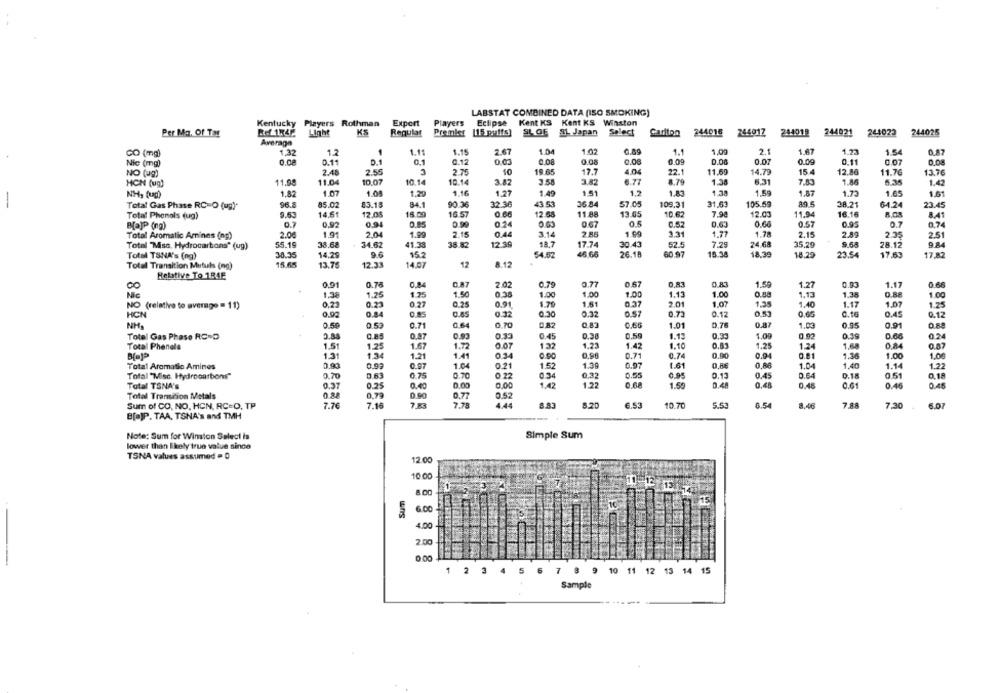
LABSTAT COMBINED DATA (ISO SMOKING)
Kentucky
Players Rothman
Export
Players
Eclipse
Kent KS Kent KS Winston
Rf 1742
Light
KS
Regular
Premier
SLOF
81 Japan
Select
244018
244017
244018
244021 244022
244025
Per Ma. Of Tar
Carlton
Average
GO (mg)
1.32
17
1.11
1.15
2.67
1.04
1.02
1.1
1.00
21
1.67
1.23
1.54
0.87
0.11
D.1
0.12
108
0.08
0.09
0.07
0.09
0.11
Nic (mg)
O.OP
0.03
0.08
0.07
0.08
NO (ug)
2.48
2.55
3
2.75
10
19.65
17.7
4.04
22.1
11.69
14.79
15
12.86
11.76
13.76
10.07
MCH (up)
11.98
11.04
10.14
10.14
3.82
3.58
3.82
6.77
8.7
1.38
6.31
7.83
1.88
5.35
1.43
NH, (ud)
1.82
1.07
1.0%
1.2
1.16
1.27
1.49
1.51
1.2
1.83
1.38
1.59
1.87
1.73
1.65
1.61
-
Total Gas Phase RC=O (ug)"
96.8
85.02
53.15
84.1
90.36
32.36
43 51
36.84
57.05
109.31
31,63
105.69
38.21
64.24
23.45
Total Phenols (ug)
9.63
14,61
12.04
15.00
16.57
0.66
12.58
11.88
13.65
10.62
7.9
12.03
11.94
16.16
8,08
8.41
BajP (ng)
0.92
0.94
0.90
0.24
0.67
0.5
0.52
0.6
0.60
0.57
0.95
0.7
0.74
Total Aromatic Amines (np)
2.0€
1.91
2.04
1.99
2.15
0.44
3.14
1.99
3.31
1.77
1.78
2.15
2.89
2.35
251
38.68
34.62
41.33
12.39
18.7
52
24.68
35.29
9.65
9.84
Total "Mso. Hydrocarbons" (ug)
55.19
38.82
17.74
30.43
7.29
28.12
Total TSNA's (ng)
30.35
14.29
15.
54.52
46 65
26.18
60 97
15.38
18.39
18.29
23.54
17.63
17.82
15 A
13.7
12.33
14.07
12
Total Transition Mutuls (ng)
8.12
Relative To 184E
0.91
0.76
0.87
2.02
0.79
0.77
0.67
0,83
0 83
1.50
1.27
0.93
1.17
CO
0,84
Nic
1.38
1.25
1.25
1.50
0.38
1.00
1.00
1.00
1.13
1.00
0.88
1.13
1.38
1.00
NO (relative to average = 11)
0,23
0.21
0.2
2.25
0.91
1.7
1.61
0.37
2.01
1.07
1.35
1.40
1.17
1.07
1.25
0.60
HCN
0.54
0.85
0.32
0.30
0.32
0.57
0.73
0.12
0.16
0.45
0.12
NH,
0.53
0.71
0.64
0.70
0,82
0.65
1.01
0.76
0.87
1.03
0.95
0.91
Total Gas Phase RC=D
0.84
0,87
0.93
0.33
0.45
0.38
0.59
1.00
0.39
0.66
Total Phenols
1.51
1.25
1.67
1.72
0.07
13
1.23
1.42
1.10
0.83
1.25
1.24
1.68
0,84
0.57
1.34
034
0.96
0.71
0.90
1.30
1.04
1.3
1.2
1.41
0.90
0.74
1.00
Total Aromatio Amines
0.93
0.97
1.04
0.21
1.52
1.39
0.07
1.61
ORE
1.04
1.40
1.14
1.22
0.70
0.63
0.25
0.20
0.34
0 32
0.13
0.45
0.64
0.51
0.18
Total "Misc. Hydrocarbons"
0 22
0.18
Total TSNA's
0.37
0.25
0.40
0.00
1.42
1.22
1.59
0.48
0.48
0.48
0.61
0.46
0.45
Total Transition Metals
0.79
0.60
0.77
0.52
Sum of CO, NO, HCN, RC-O, TP
7.76
7.16
7.78
4.44
8.20
6.53
10.70
5.53
8.54
8.46
7.88
7.30
6.07
B[ ]P. TAA, TSNA's and TMH
Note: Sum for Winston Select is
Simple Sum
lower than likely true value since
TSNA values assumed . 0
12.00
10 00
13
8.00
6.00
4.00
2.00
0.00
1 2 3 4 5
7 8 9
10
11
12
15
15
Sample